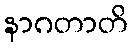
နာဂတာတိ